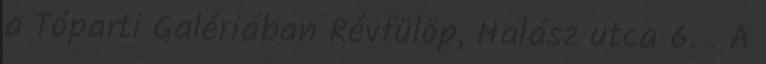
a Tóparti Galériában Révfülöp, Halász utca 6. . A